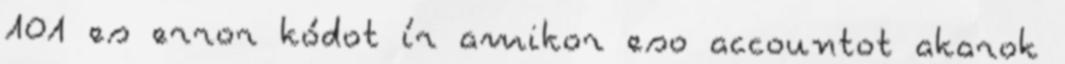
101 es error kódot ír amikor eso accountot akarok